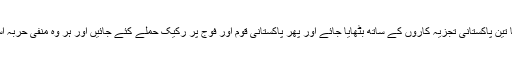
ایسے پروگرامز کا فارمیٹ بہت سادہ ہوتا ہے کہ پانچ چھ متعصب تجزیہ کاروں کو دو یا تین پاکستانی تجزیہ کاروں کے ساتھ بٹھایا جائے اور پھر پاکستانی قوم اور فوج پر رکیک حملے کئے جائیں اور ہر وہ منفی حربہ استعمال کیا جائے جس سے پاک بھارت تعلقات میں مثبت پہلوؤں کو سبوتاژ کیا جاسکے ۔